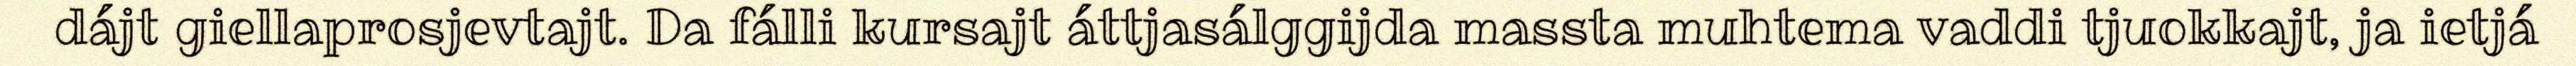
dájt giellaprosjevtajt. Da fálli kursajt áttjasálggijda massta muhtema vaddi tjuokkajt, ja ietjá